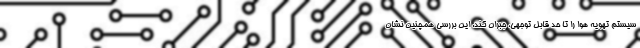
سیستم تهویه هوا را تا حد قابل توجهی، جبران کند. این بررسی همچنین نشان